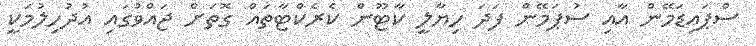
ސްޕައިޑަމޭން އާއި ސުޕަމޭން ފަދަ ހިޔާލީ ކާޓޫން ކެރެކްޓާތައް ގޮތަށް ޖައްވުގައި އުދުހިލުމަކީ